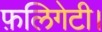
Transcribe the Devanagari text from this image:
फ़लिगेटी।